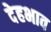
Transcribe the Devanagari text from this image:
देहभाव